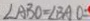
\angle A B O = \angle B A O =